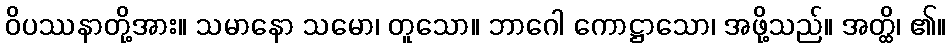
ဝိပဿနာတို့အား။ သမာနော သမော၊ တူသော။ ဘာဂေါ ကောဋ္ဌာသော၊ အဖို့သည်။ အတ္ထိ၊ ၏။